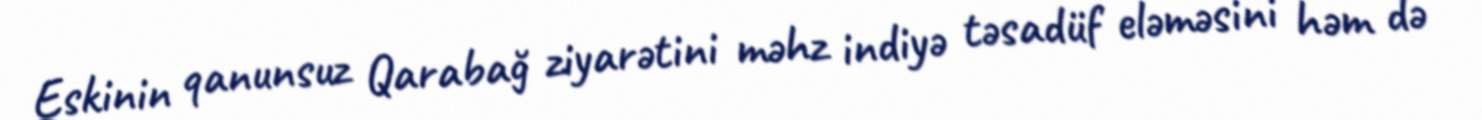
Eskinin qanunsuz Qarabağ ziyarətini məhz indiyə təsadüf eləməsini həm də